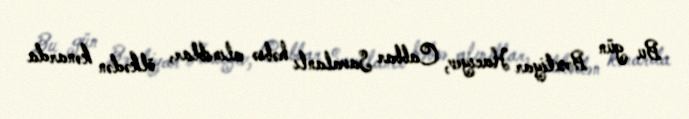
Bu gün Bəxtiyar Hacıyev, Cabbar Savalanlı həbsə alınıblar, ölkədən kənarda